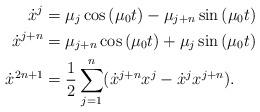
LaTeX: \begin{align*}\dot{x}^j&=\mu_j\cos\left(\mu_0 t\right)-\mu_{j+n}\sin\left(\mu_0 t\right)\\\dot{x}^{j+n}&=\mu_{j+n}\cos\left(\mu_0 t\right)+\mu_{j}\sin\left(\mu_0 t\right)\\\dot{x}^{2n+1}&=\frac{1}{2}\sum_{j=1}^n(\dot{x}^{j+n}x^j-\dot{x}^jx^{j+n}).\end{align*}